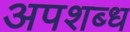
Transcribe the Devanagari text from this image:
अपशब्ध